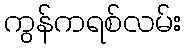
ကွန်ကရစ်လမ်း